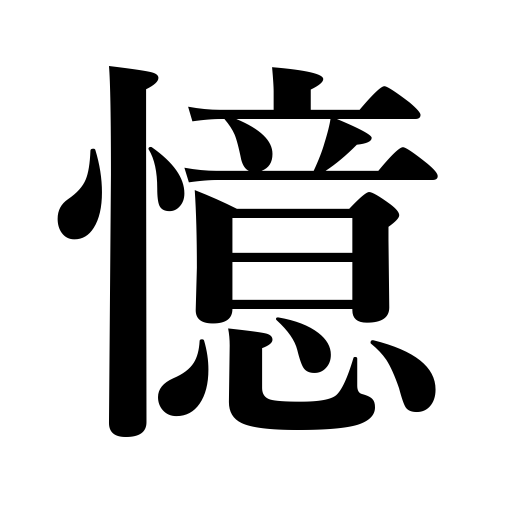
Meanings: remember,think